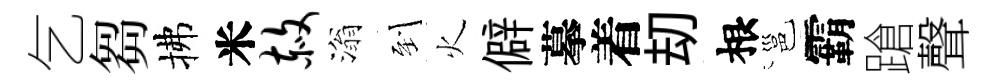
乞芻拂米赦滃到火僻摹着刧根邕霸蹌聲